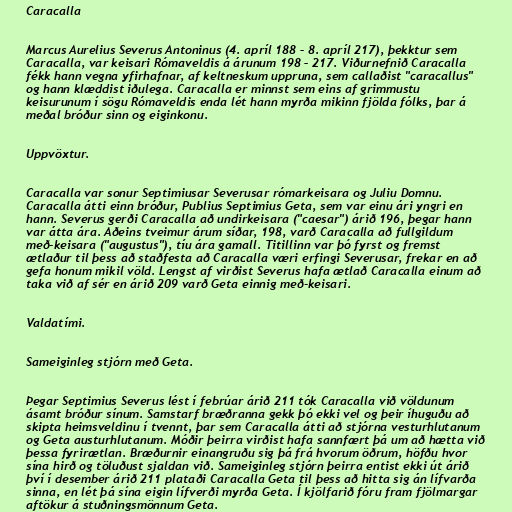
Caracalla

Marcus Aurelius Severus Antoninus (4. apríl 188 – 8. apríl 217), þekktur sem
Caracalla, var keisari Rómaveldis á árunum 198 – 217. Viðurnefnið Caracalla
fékk hann vegna yfirhafnar, af keltneskum uppruna, sem callaðist "caracallus"
og hann klæddist iðulega. Caracalla er minnst sem eins af grimmustu
keisurunum í sögu Rómaveldis enda lét hann myrða mikinn fjölda fólks, þar á
meðal bróður sinn og eiginkonu.

Uppvöxtur.

Caracalla var sonur Septimiusar Severusar rómarkeisara og Juliu Domnu.
Caracalla átti einn bróður, Publius Septimius Geta, sem var einu ári yngri en
hann. Severus gerði Caracalla að undirkeisara ("caesar") árið 196, þegar hann
var átta ára. Aðeins tveimur árum síðar, 198, varð Caracalla að fullgildum
með-keisara ("augustus"), tíu ára gamall. Titillinn var þó fyrst og fremst
ætlaður til þess að staðfesta að Caracalla væri erfingi Severusar, frekar en að
gefa honum mikil völd. Lengst af virðist Severus hafa ætlað Caracalla einum að
taka við af sér en árið 209 varð Geta einnig með-keisari.

Valdatími.

Sameiginleg stjórn með Geta.

Þegar Septimius Severus lést í febrúar árið 211 tók Caracalla við völdunum
ásamt bróður sínum. Samstarf bræðranna gekk þó ekki vel og þeir íhuguðu að
skipta heimsveldinu í tvennt, þar sem Caracalla átti að stjórna vesturhlutanum
og Geta austurhlutanum. Móðir þeirra virðist hafa sannfært þá um að hætta við
þessa fyrirætlan. Bræðurnir einangruðu sig þá frá hvorum öðrum, höfðu hvor
sína hirð og töluðust sjaldan við. Sameiginleg stjórn þeirra entist ekki út árið
því í desember árið 211 plataði Caracalla Geta til þess að hitta sig án lífvarða
sinna, en lét þá sína eigin lífverði myrða Geta. Í kjölfarið fóru fram fjölmargar
aftökur á stuðningsmönnum Geta.